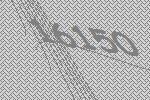
16150